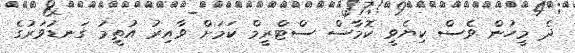
ދެ މީހުން ވެސް ކިޔެވީ ކޮމާސް ސްޓްރީމް ކަމަށް ވާއިރު އުތީމު ގަނޑުވަރުގެ